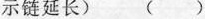
示链延长)()